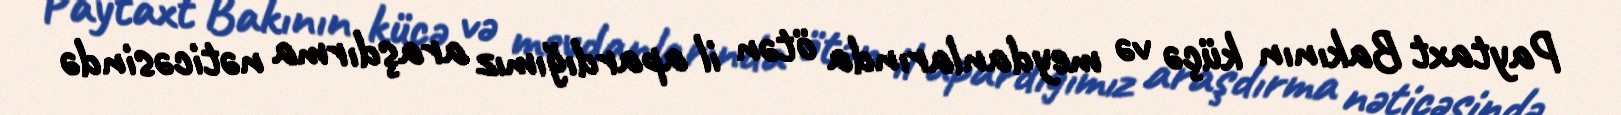
Paytaxt Bakının küçə və meydanlarında ötən il apardığımız araşdırma nəticəsində